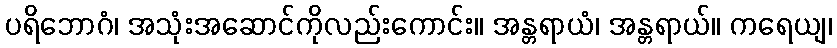
ပရိဘောဂံ၊ အသုံးအဆောင်ကိုလည်းကောင်း။ အန္တရာယံ၊ အန္တရာယ်။ ကရေယျ၊